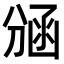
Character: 𭄃